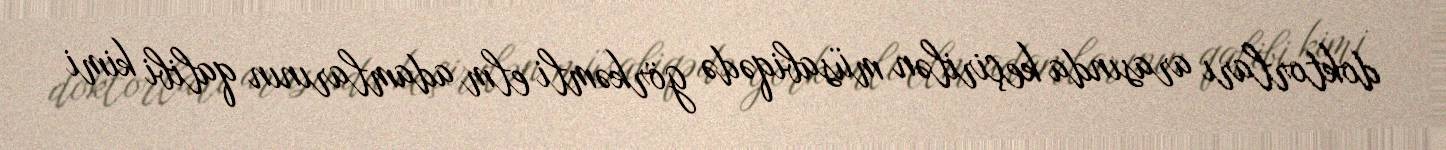
doktorları arasında keçirilən müsabiqədə görkəmli elm adamlarının qalibi kimi